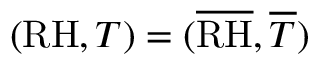
( \mathrm { R H } , T ) = ( \overline { { \mathrm { R H } } } , \overline { { T } } )